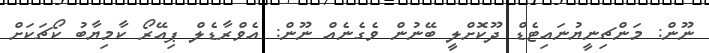
ނޫން: މަންޗިނީޔުނައިޓެޑް ދޫކޮށްލީ ބޭނުން ވެގެނެއް ނޫން: އެވްރާޑެލް ޕިއޭރޯ ކާމިޔާބު ކޯޗަކަށް